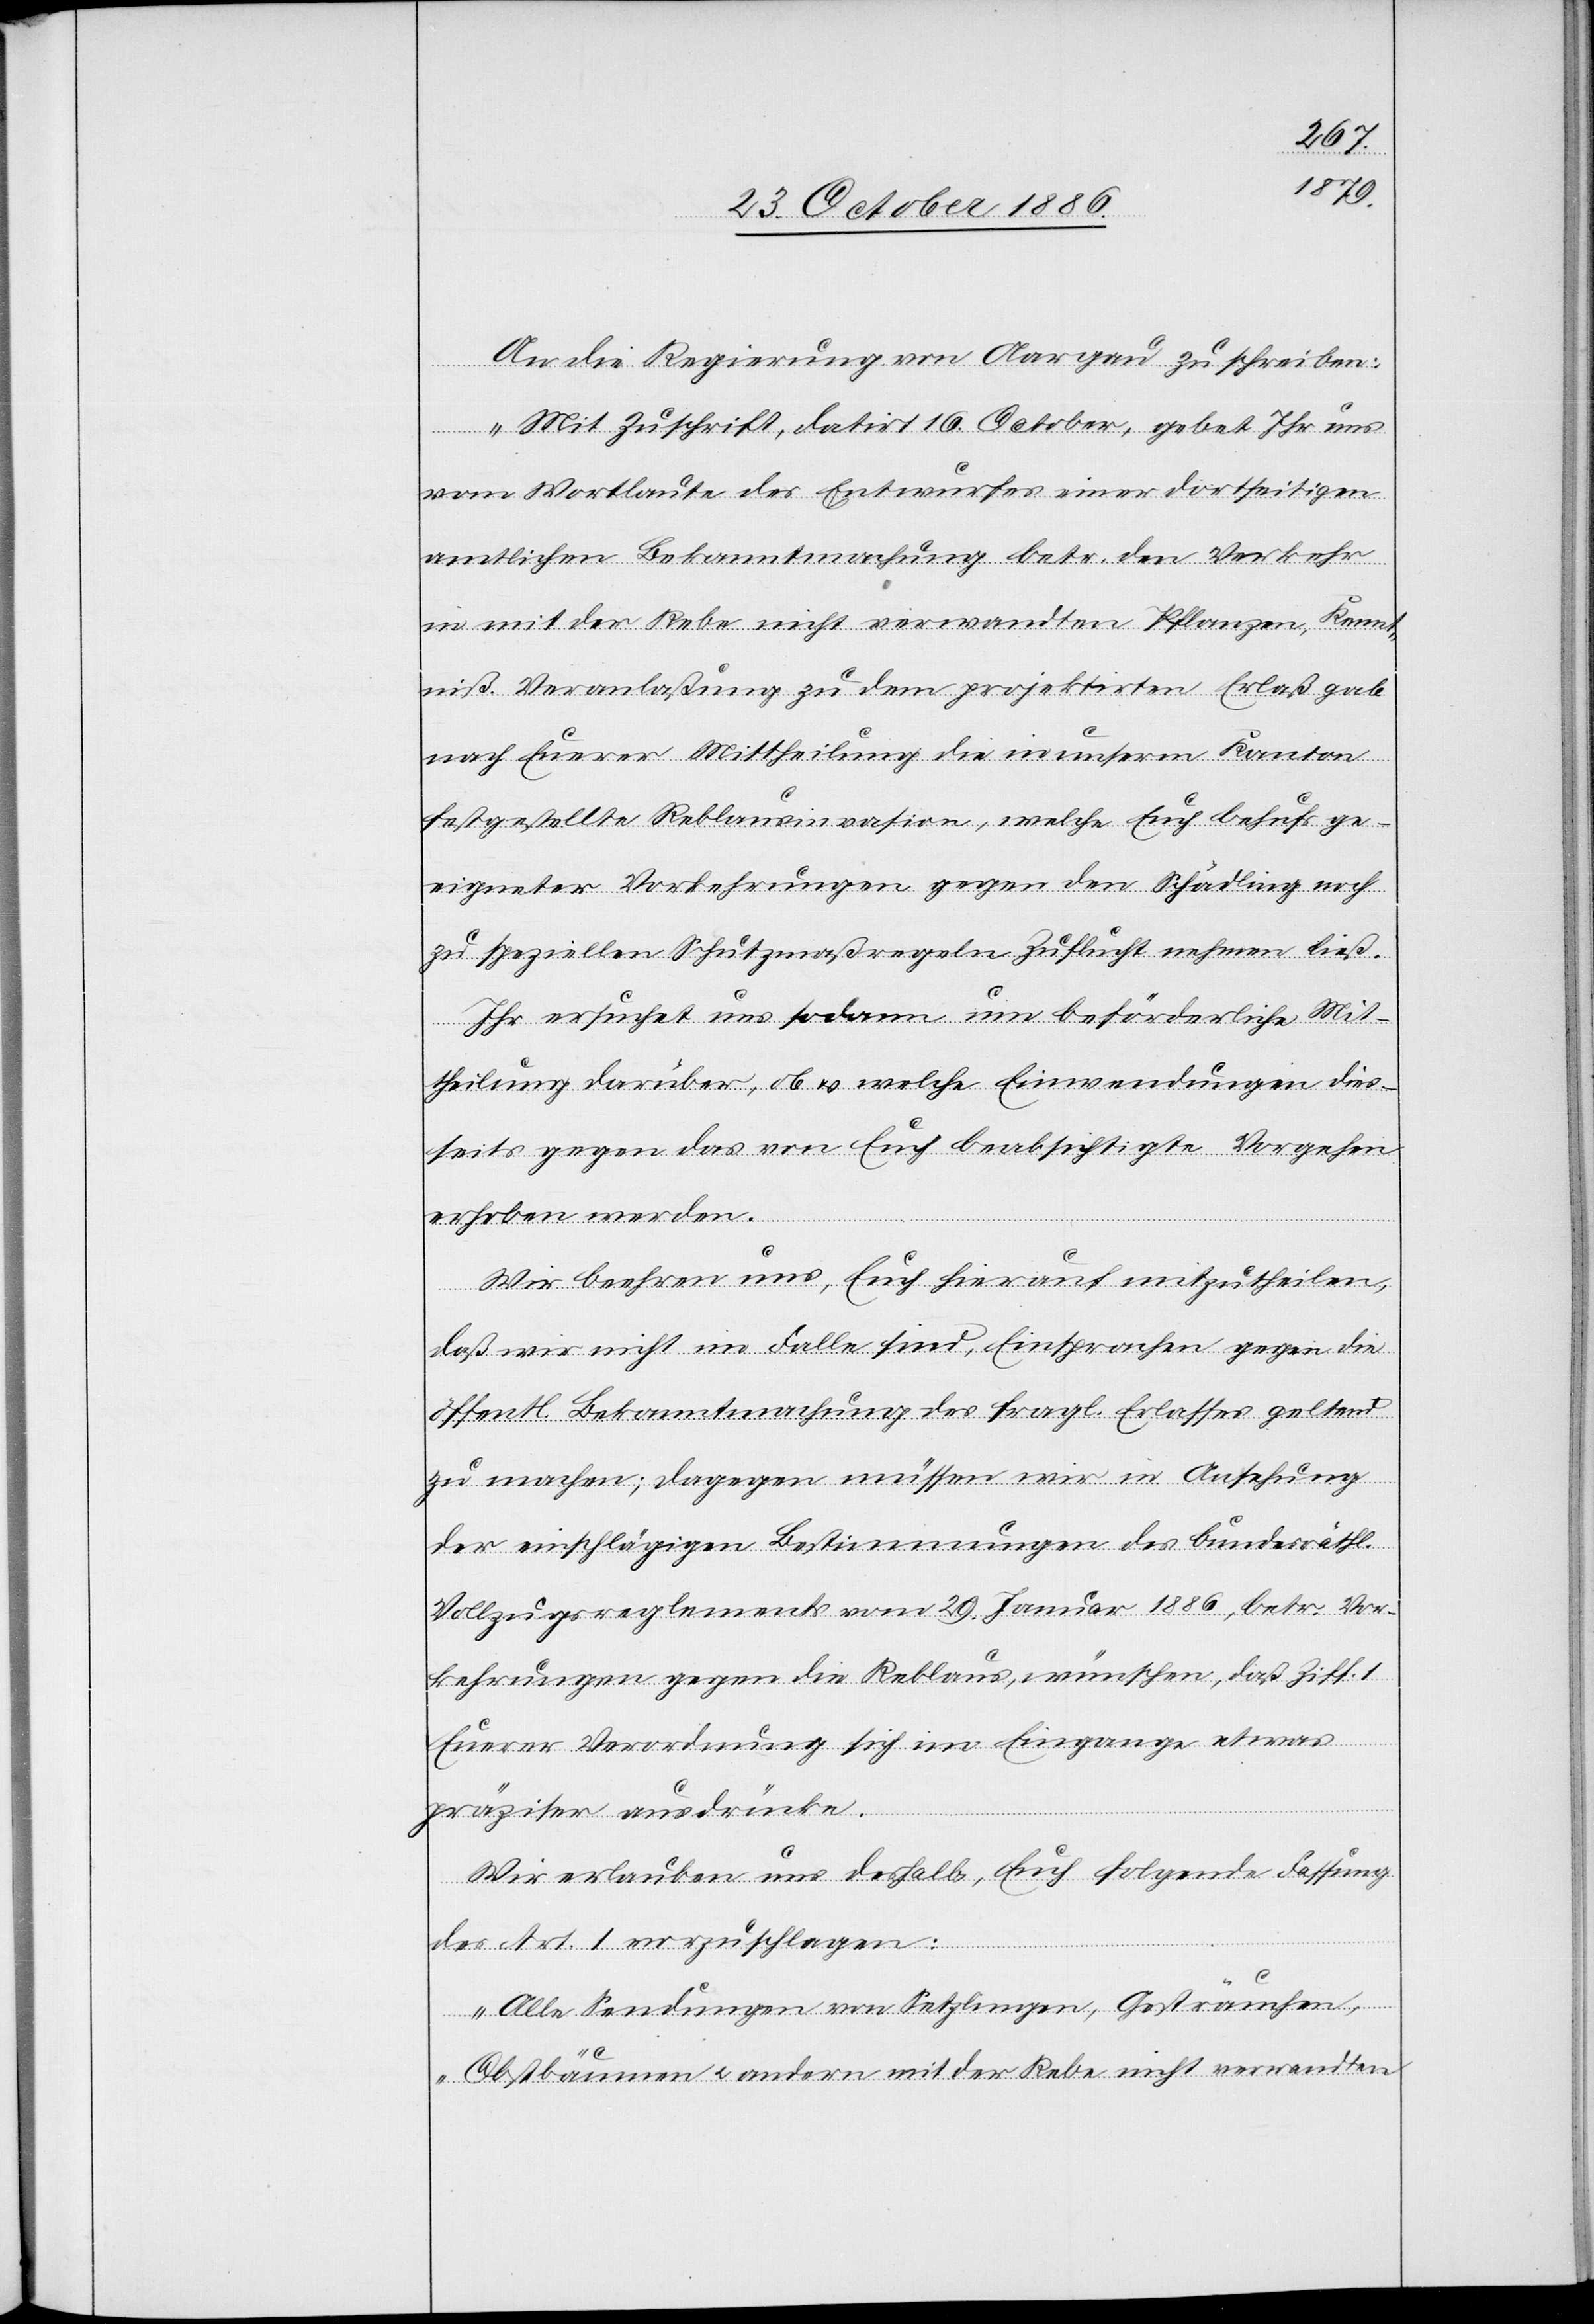
An die Regierung von Aargau zu schreiben:
„Mit Zuschrift, datirt 16. October, gebet Ihr uns
vom Wortlaute des Entwurfes einer dortseitigen
amtlichen Bekanntmachung betr. den Verkehr
in mit der Rebe nicht verwandten Pflanzen, Kennt¬
niß. Veranlaßung zu dem projektirten Erlaß gab
nach Euerer Mittheilung die in unserem Kanton
festgestellte Reblausinvasion, welche Euch behufs ge¬
eigneter Vorkehrungen gegen den Schädling noch
zu speziellen Schutzmaßregeln Zuflucht nehmen ließ.
Ihr ersuchet uns sodann um beförderliche Mit¬
theilung darüber, ob & welche Einwendungen dies¬
seits gegen das von Euch beabsichtigte Vorgehen
erhoben werden.
Wir beehren uns, Euch hierauf mitzutheilen,
daß wir nicht im Falle sind, Einsprachen gegen die
öffentl. Bekanntmachung des fragl. Erlasses geltend
zu machen; dagegen müssen wir in Ansehung
der einschlägigen Bestimmungen des bundesräthl.
Vollzugsreglements vom 29. Januar 1886, betr. Vor¬
kehrungen gegen die Reblaus, wünschen, daß Ziff. 1
Euerer Verordnung sich im Eingange etwas
präziser ausdrücke.
Wir erlauben uns deshalb, Euch folgende Fassung
des Art. 1 vorzuschlagen:
„Alle Sendungen von Setzlingen, Gesträuchen,
Obstbäumen & andern mit der Rebe nicht verwandten